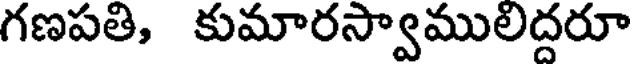
గణపతి, కుమారస్వాములిద్దరూ